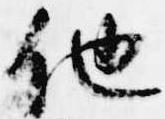
他